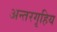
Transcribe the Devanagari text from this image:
अन्तरगृहिय